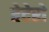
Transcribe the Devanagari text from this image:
हेटेरो